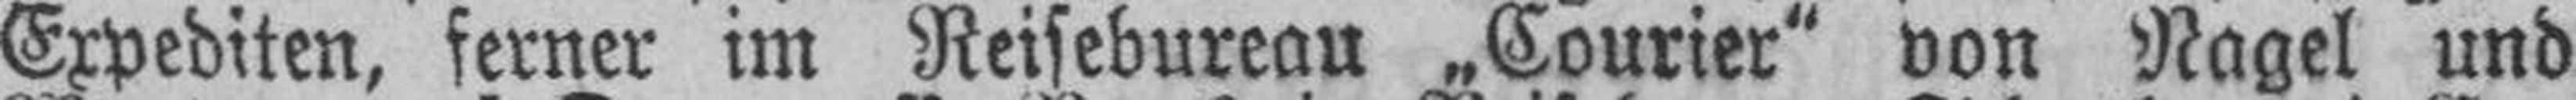
Expediten, ferner im Reisebureau „Courier“ von Nagel und